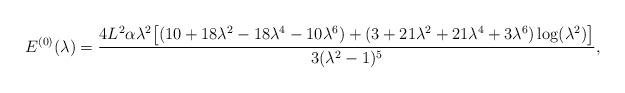
LaTeX: \begin{align*} E^{(0)}(\lambda) = \frac{4L^2\alpha\lambda^2\bigl[ (10+18\lambda^2-18\lambda^4-10\lambda^6) + (3+21\lambda^2+21\lambda^4+3\lambda^6)\log(\lambda^2)\bigr]} {3(\lambda^2-1)^5},\end{align*}